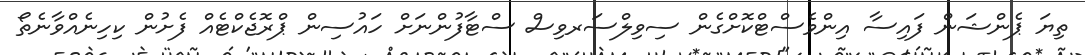
ތިޔަ ޕެންޝަން ފައިސާ އިންވެސްޓްކޮށްގެން ސިވިލްސަރވިސް ސްޓާފުންނަށް ހައުސިން ޕްރޮޖެކްޓެއް ފެށުން ކިހިނެއްވާނެތޯ